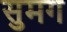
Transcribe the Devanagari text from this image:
सुमग